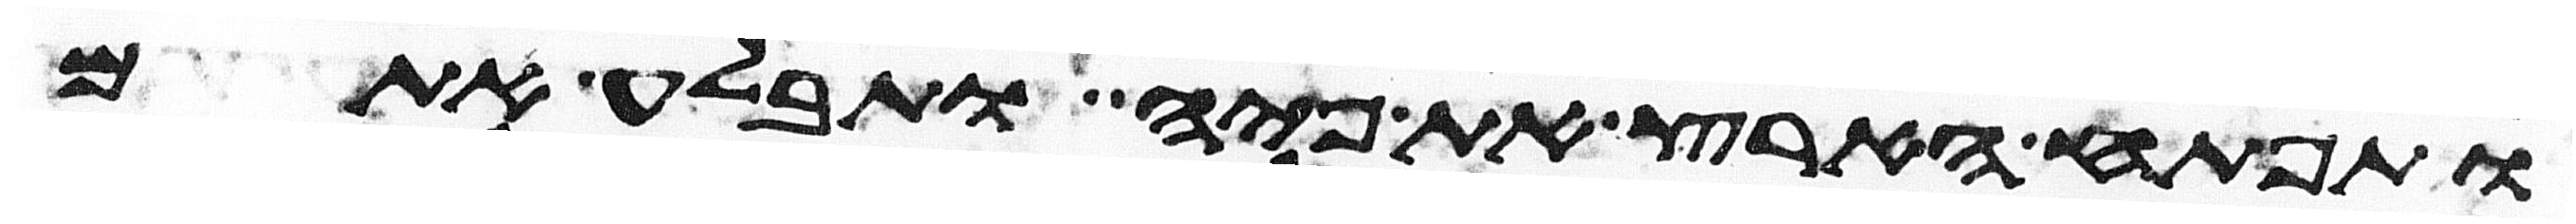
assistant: ותפתח הארץ את פיה ותבלע אתם